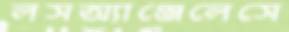
লসঅ্যাঞ্জেলেসে